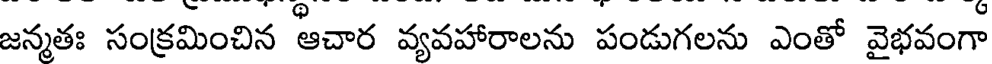
జన్మతః సంక్రమించిన ఆచార వ్యవహారాలను పండుగలను ఎంతో వైభవంగా